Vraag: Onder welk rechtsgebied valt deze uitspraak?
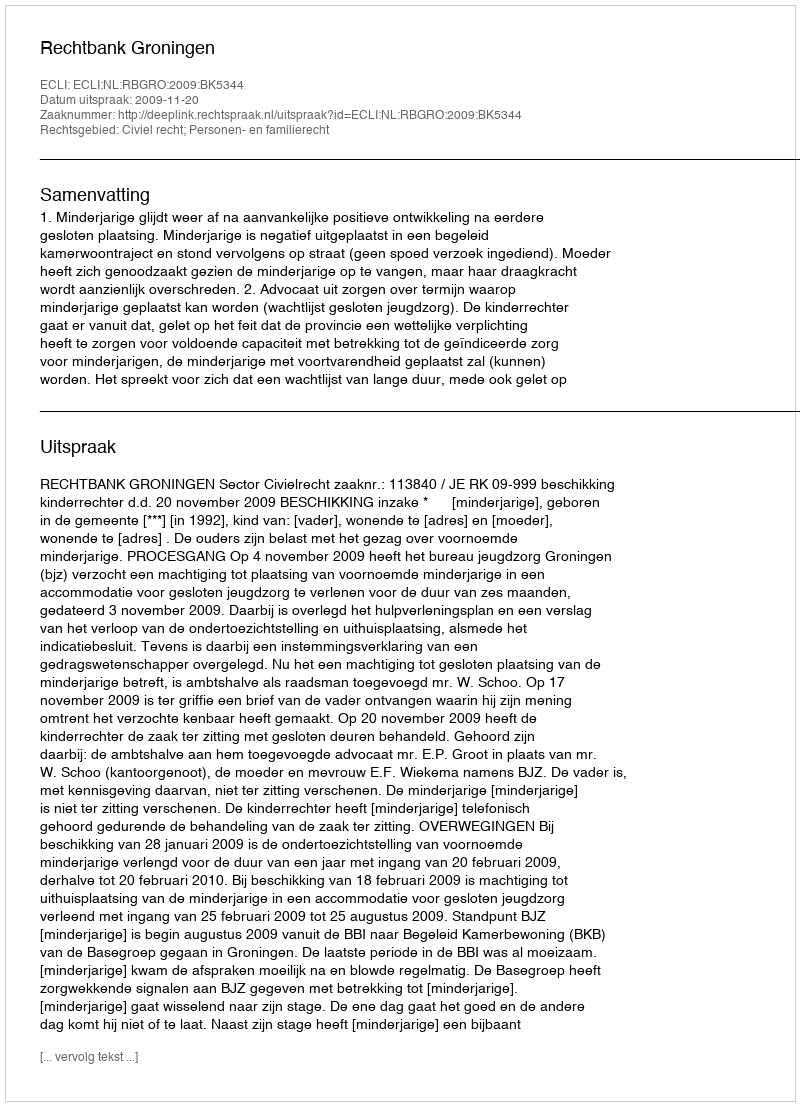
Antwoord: Civiel recht; Personen- en familierecht